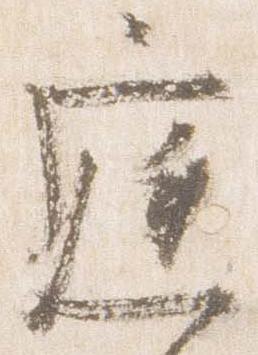
庭